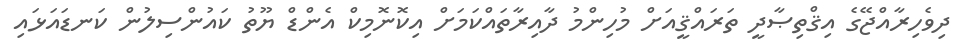
ދިވެހިރާއްޖޭގެ އިޤްތިޞާދީ ތަރައްޤީއަށް މުހިންމު ދާއިރާތައްކަމަށް އިކޮނޮމިކް އެންޑް ޔޫތު ކައުންސިލުން ކަނޑައަޅައި